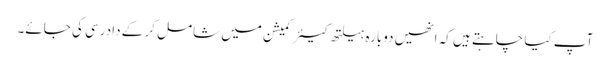
آپ کیا چاہتے ہیں کہ انھیں دوبارہ ہیلتھ کیئر کمیشن میں شامل کر کے دادرسی کی جائے۔